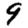
Digit: 9